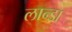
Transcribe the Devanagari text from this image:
लान्डा